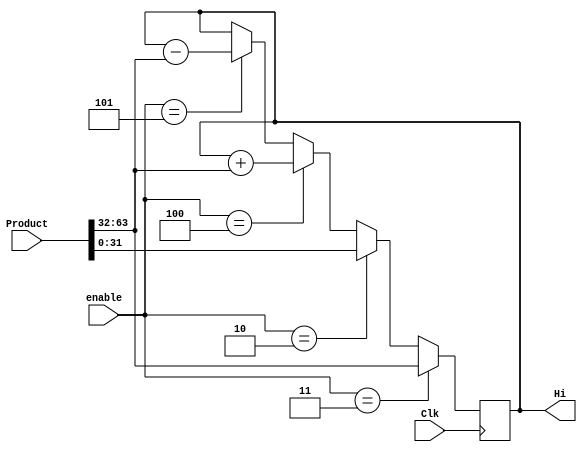
`timescale 1ns / 1ps
//////////////////////////////////////////////////////////////////////////////////
// Company: 
// Engineer: 
// 
// Design Name: 
// Module Name: HiRegister
// Project Name: 
// Target Devices: 
// Tool Versions: 
// Description: 
// 
// Dependencies: 
// 
// Revision:
// Revision 0.01 - File Created
// Additional Comments:
// 
//////////////////////////////////////////////////////////////////////////////////


module HiRegister(Product,Hi,enable, Clk);
input Clk;
input [63:0] Product;
input [3:0] enable;
output reg [31:0] Hi;

initial begin
    Hi <= 0;
 end

always @ (posedge Clk) begin
    if (enable == 3) begin
         Hi <= Product[63:32];
    end
    else if (enable == 2) begin
        Hi <= Product[31:0];
    end
    else if (enable == 4) begin 
        Hi <= $signed(Hi) + Product[63:32];
    end
    else if (enable == 5) begin
        Hi <= $signed(Hi) - Product[63:32];
    end
end
endmodule